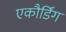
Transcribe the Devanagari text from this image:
एकौर्डिंग